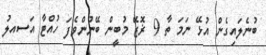
ބުނެލައިގެން އުޅޭ ނަމަ ތާ 9 ޜޮޒޭ މުބީން ބޭނުންވެފަ ހުއްޓާ އަސއލު